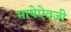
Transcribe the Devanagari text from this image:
भाषेऐवजी